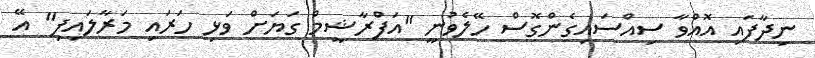
ނިދާފައި އޮއްވާ ސިއްސައިގެންގޮސް ހޭލެވުނީ "އަފްރާޝީމް ގަޔަށް ވަޅި ހަރައި މަރާލައިފި" އޭ